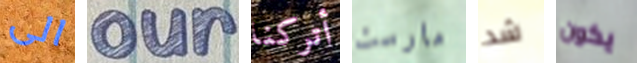
الى our أتركنا مارست شد يكون